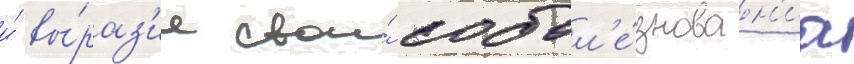
и́ вы́раз'ил свои́ собол'е́знован'иа